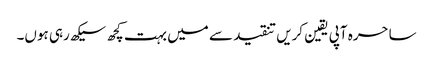
ساحرہ آپی یقین کریں تنقید سے میں بہت کچھ سیکھ رہی ہوں۔